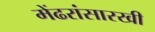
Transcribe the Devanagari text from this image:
मेंढरांसारखी